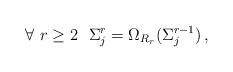
LaTeX: \begin{align*} \forall\ r \geq 2 \ \ \Sigma^r_j = \Omega_{R_r}(\Sigma^{r-1}_j)\,, \end{align*}